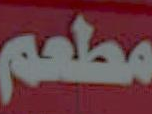
مطعم